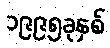
၁၉၉၅ခုနှစ်